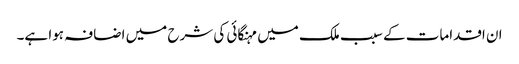
ان اقدامات کے سبب ملک میں مہنگائی کی شرح میں اضافہ ہوا ہے۔